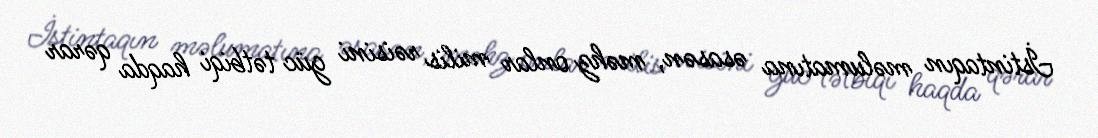
İstintaqın məlumatına əsasən, məhz onlar milis rəisini güc tətbiqi haqda qərar